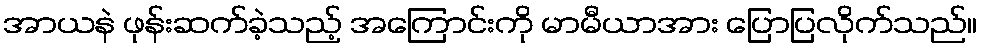
အာယနဲ ဖုန်းဆက်ခဲ့သည့် အကြောင်းကို မာမီယာအား ပြောပြလိုက်သည်။